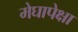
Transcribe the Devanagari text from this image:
मेघापेक्षा